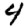
Digit: 4